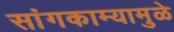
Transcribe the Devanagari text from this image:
सांगकाम्यामुळे